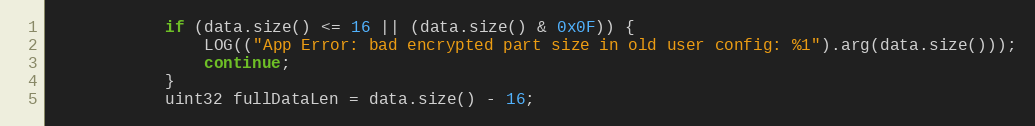
Language: C++
			if (data.size() <= 16 || (data.size() & 0x0F)) {
				LOG(("App Error: bad encrypted part size in old user config: %1").arg(data.size()));
				continue;
			}
			uint32 fullDataLen = data.size() - 16;